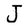
Character: J